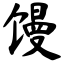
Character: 馒